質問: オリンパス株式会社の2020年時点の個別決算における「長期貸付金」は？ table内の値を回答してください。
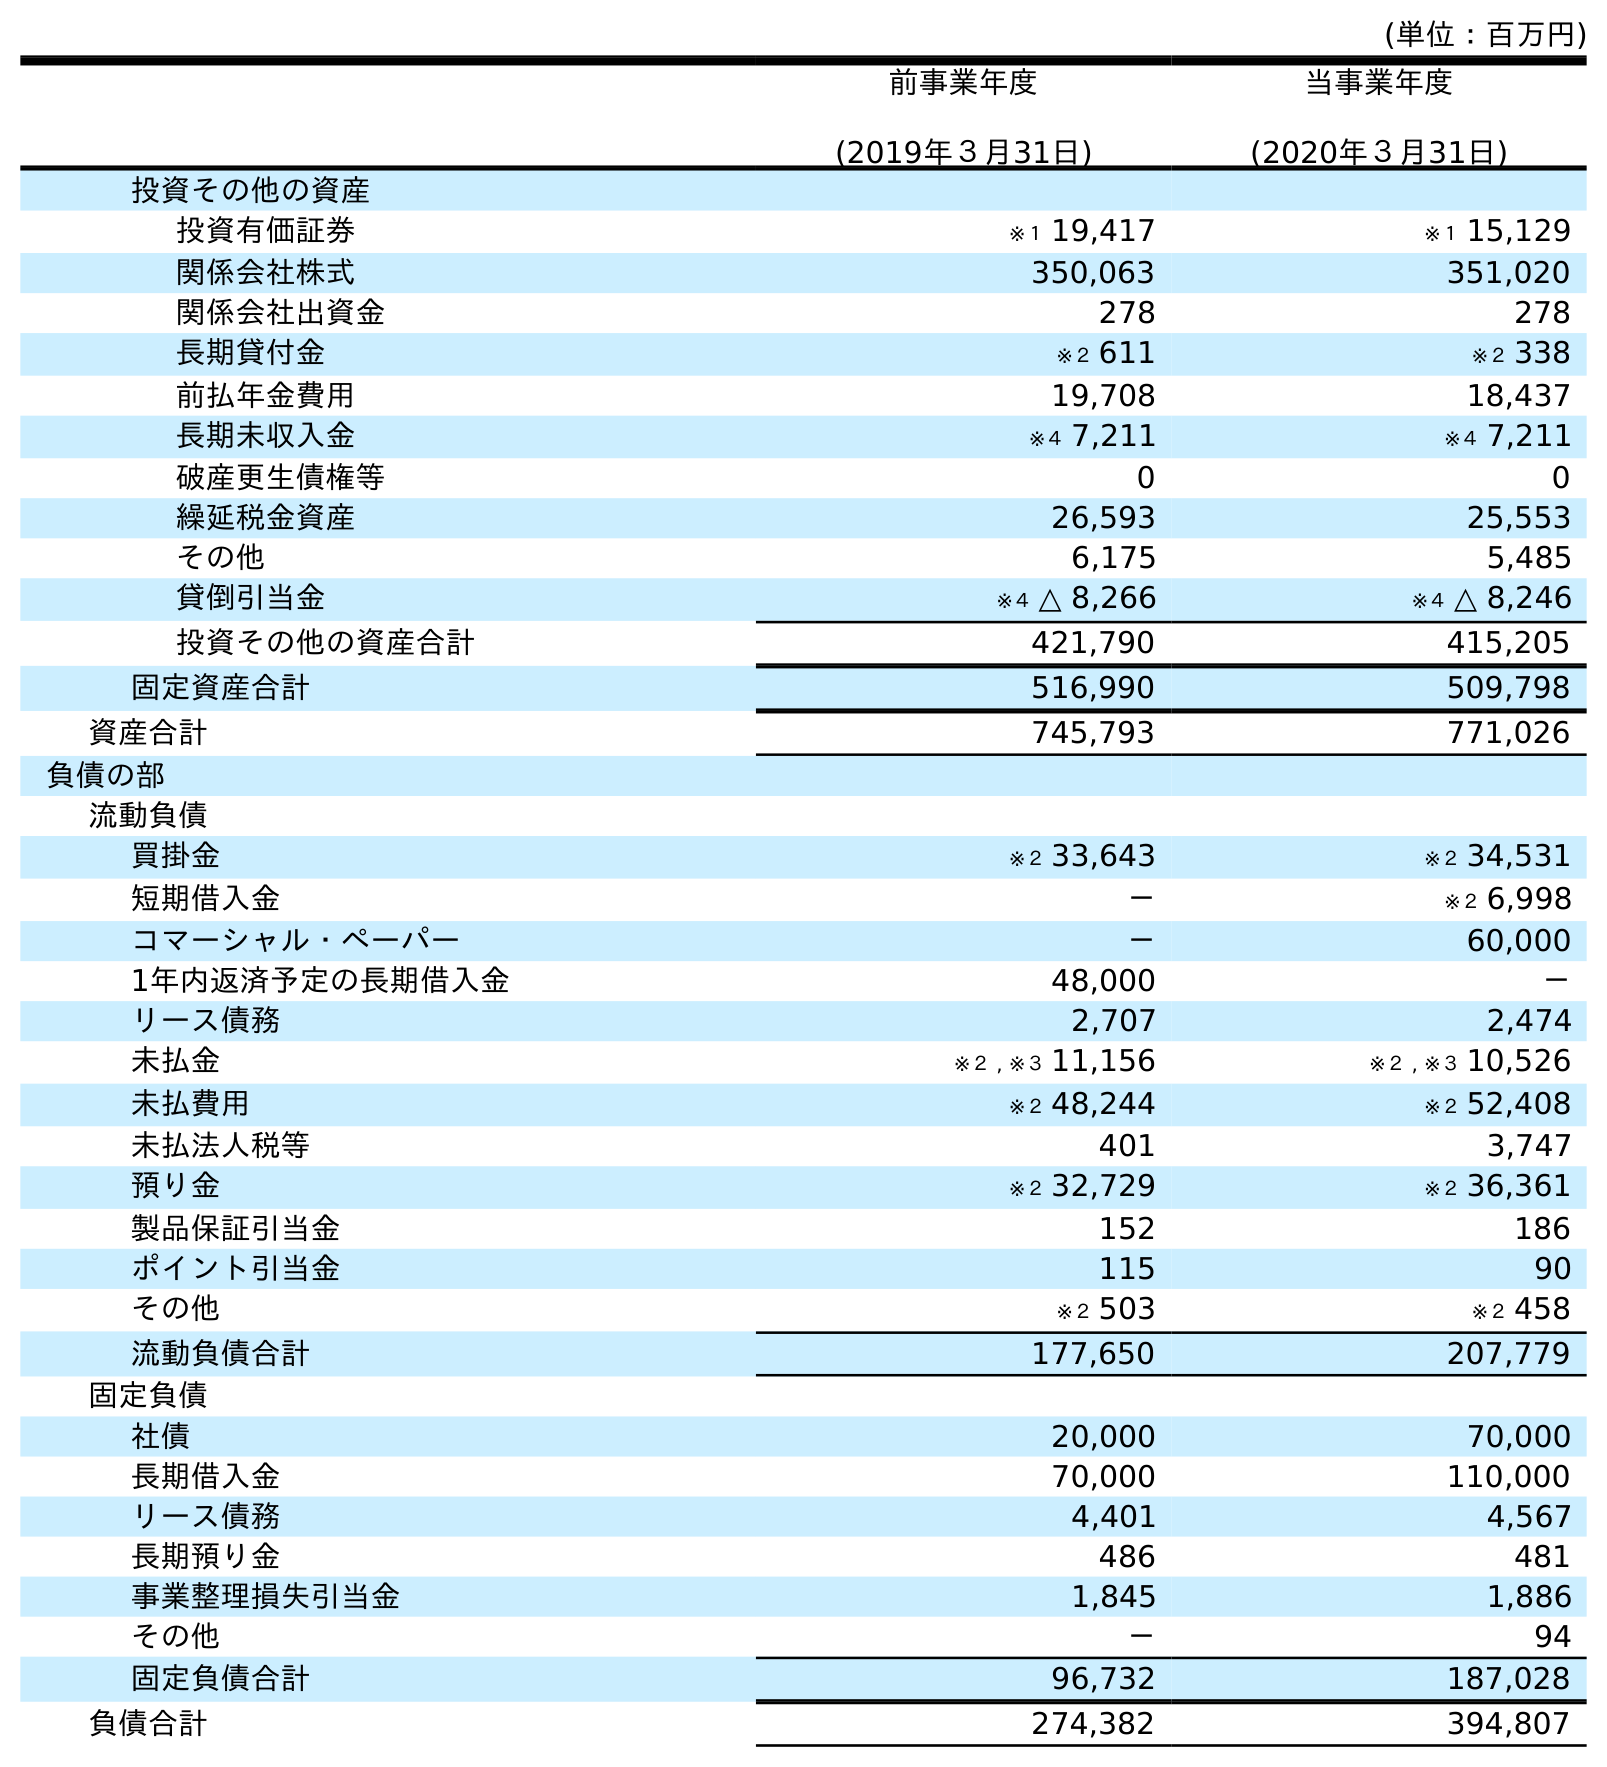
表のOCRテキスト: (単位：百万円) 前事業年度 (2019年３月31日) 当事業年度 (2020年３月31日) 投資その他の資産 投資有価証券 ※１ 19,417 ※１ 15,129 関係会社株式 350,063 351,020 関係会社出資金 278 278 長期貸付金 ※２ 611 ※２ 338 前払年金費用 19,708 18,437 長期未収入金 ※４ 7,211 ※４ 7,211 破産更生債権等 0 0 繰延税金資産 26,593 25,553 その他 6,175 5,485 貸倒引当金 ※４ △ 8,266 ※４ △ 8,246 投資その他の資産合計 421,790 415,205 固定資産合計 516,990 509,798 資産合計 745,793 771,026 負債の部 流動負債 買掛金 ※２ 33,643 ※２ 34,531 短期借入金 － ※２ 6,998 コマーシャル・ペーパー － 60,000 1年内返済予定の長期借入金 48,000 － リース債務 2,707 2,474 未払金 ※２ , ※３ 11,156 ※２ , ※３ 10,526 未払費用 ※２ 48,244 ※２ 52,408 未払法人税等 401 3,747 預り金 ※２ 32,729 ※２ 36,361 製品保証引当金 152 186 ポイント引当金 115 90 その他 ※２ 503 ※２ 458 流動負債合計 177,650 207,779 固定負債 社債 20,000 70,000 長期借入金 70,000 110,000 リース債務 4,401 4,567 長期預り金 486 481 事業整理損失引当金 1,845 1,886 その他 － 94 固定負債合計 96,732 187,028 負債合計 274,382 394,807
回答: ※２338